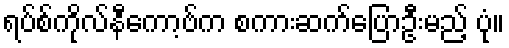
ရပ်စ်ကိုလ်နီကော့ဗ်က စကားဆက်ပြောဦးမည့် ပုံ။